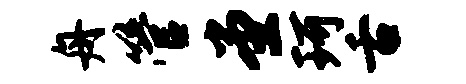
舟管堂珂舌